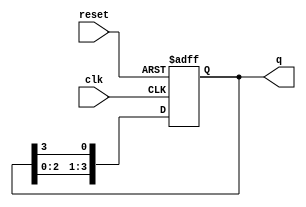
module ring_counter (
    input wire clk,        // Clock input
    input wire reset,      // Asynchronous reset
    output reg [N-1:0] q   // Output state of the counter
);
    parameter N = 4;       // Number of flip-flops (states)

    // Initial state
    initial begin
        q = 1'b1;          // Start with 1000 for N=4
    end

    always @(posedge clk or posedge reset) begin
        if (reset) begin
            q <= 1'b1;      // Reset to initial state (1000 for N=4)
        end else begin
            // Shift the '1' through the flip-flops
            q <= {q[N-2:0], q[N-1]}; // Shift left and wrap around
        end
    end
endmodule